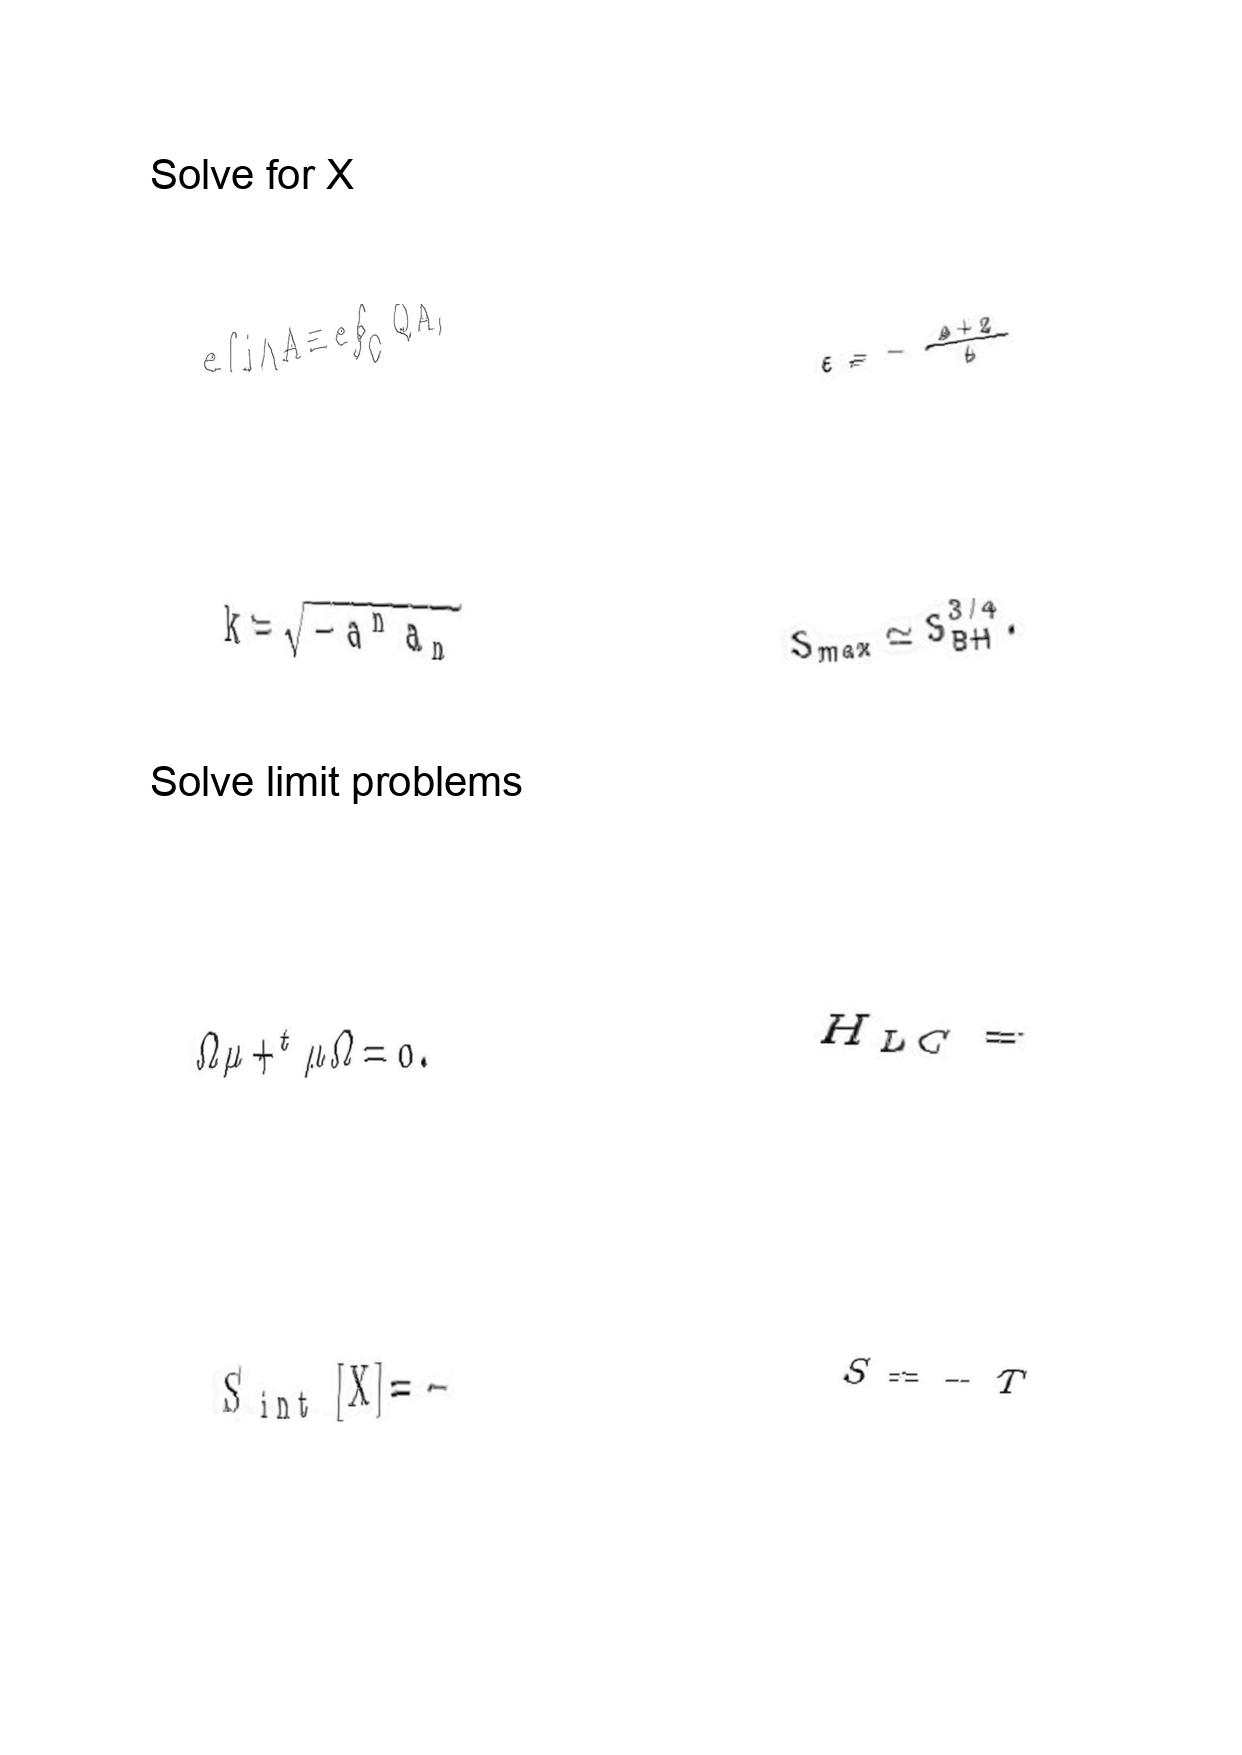
LaTeX transcription:
e \int j \wedge A \equiv e \oint _ { C } Q A ,
k = \sqrt { - a ^ { n } a _ { n } }
\Omega \mu + ^ { t } \mu \Omega = 0 .
S _ { \mathrm { i n t } } \lbrack X \rbrack = -
\epsilon = - \frac { \Delta + 2 } { \Delta }
S _ { m a x } \simeq S _ { B H } ^ { 3 / 4 } .
H _ { L C } =
S = - T